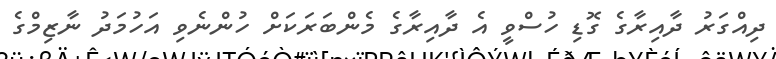
ދިއްގަރު ދާއިރާގެ ގޮޑި ހުސްވީ އެ ދާއިރާގެ މެންބަރަކަށް ހުންނެވި އަހުމަދު ނާޒިމްގެ